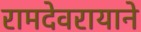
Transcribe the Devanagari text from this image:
रामदेवरायाने